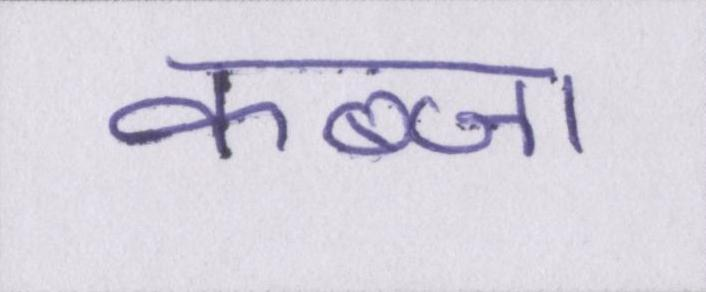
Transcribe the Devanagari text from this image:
कब्जा